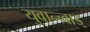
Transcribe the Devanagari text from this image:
युवान्च्वाड्